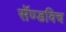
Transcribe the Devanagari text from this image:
सॅण्डविच